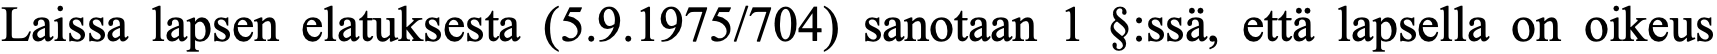
Laissa lapsen elatuksesta (5.9.1975/704) sanotaan 1 §:ssä, että lapsella on oikeus